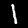
Digit: 1